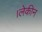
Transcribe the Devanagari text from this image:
।लेकीन